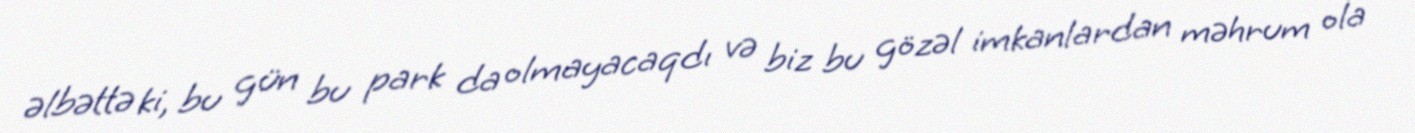
əlbəttə ki, bu gün bu park da olmayacaqdı və biz bu gözəl imkanlardan məhrum ola